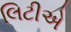
લિટીએ